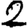
Digit: 2